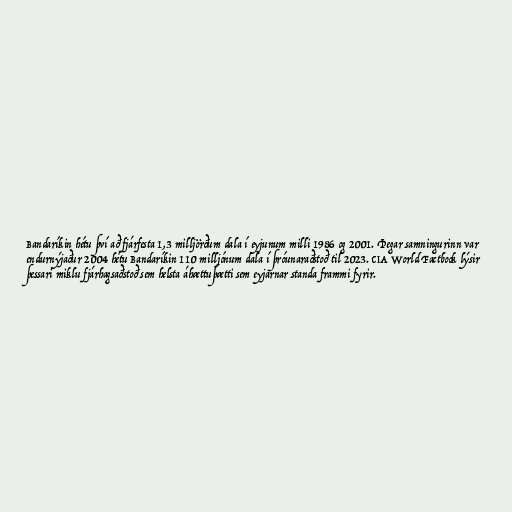
Bandaríkin hétu því að fjárfesta 1,3 milljörðum dala í eyjunum milli 1986 og 2001. Þegar samningurinn var
endurnýjaður 2004 hétu Bandaríkin 110 milljónum dala í þróunaraðstoð til 2023. CIA World Factbook lýsir
þessari miklu fjárhagsaðstoð sem helsta áhættuþætti sem eyjarnar standa frammi fyrir.